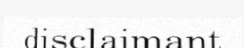
disclaimant